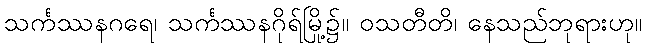
သင်္ကဿနဂရေ၊ သင်္ကဿနဂိုရ်မြို့၌။ ဝသတီတိ၊ နေသည်ဘုရားဟု။